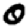
Digit: 0